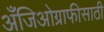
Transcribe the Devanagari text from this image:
अँजिओग्राफीसाठी